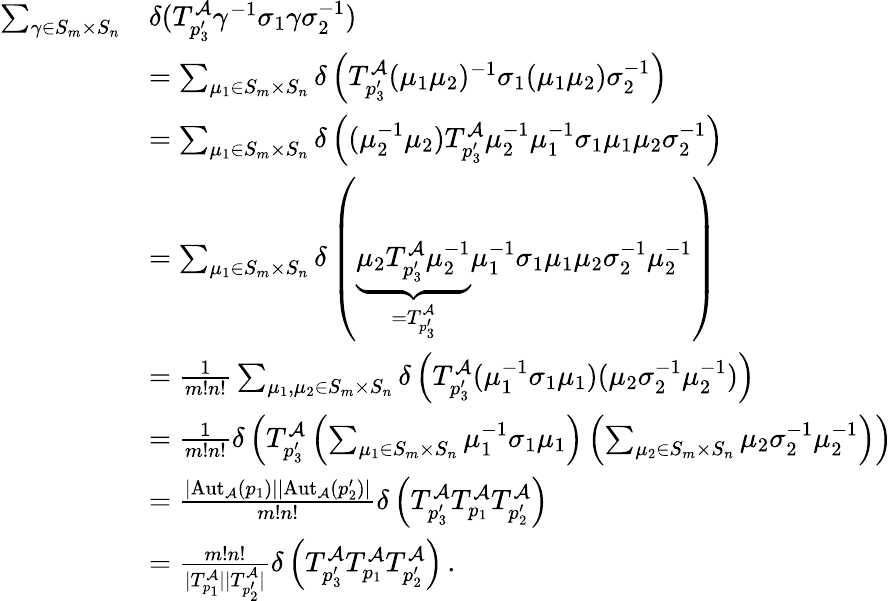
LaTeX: \begin{array}{rl}{\sum_{\gamma\in S_{m}\times S_{n}}}&{\delta(T_{p_{3}^{\prime}}^{\mathcal{A}}\gamma^{-1}\sigma_{1}\gamma\sigma_{2}^{-1})}\\ &{=\sum_{\mu_{1}\in S_{m}\times S_{n}}\delta\left(T_{p_{3}^{\prime}}^{\mathcal{A}}(\mu_{1}\mu_{2})^{-1}\sigma_{1}(\mu_{1}\mu_{2})\sigma_{2}^{-1}\right)}\\ &{=\sum_{\mu_{1}\in S_{m}\times S_{n}}\delta\left((\mu_{2}^{-1}\mu_{2})T_{p_{3}^{\prime}}^{\mathcal{A}}\mu_{2}^{-1}\mu_{1}^{-1}\sigma_{1}\mu_{1}\mu_{2}\sigma_{2}^{-1}\right)}\\ &{=\sum_{\mu_{1}\in S_{m}\times S_{n}}\delta\left(\underbrace{\mu_{2}T_{p_{3}^{\prime}}^{\mathcal{A}}\mu_{2}^{-1}}_{=T_{p_{3}^{\prime}}^{\mathcal{A}}}\mu_{1}^{-1}\sigma_{1}\mu_{1}\mu_{2}\sigma_{2}^{-1}\mu_{2}^{-1}\right)}\\ &{=\frac{1}{m!n!}\sum_{\mu_{1},\mu_{2}\in S_{m}\times S_{n}}\delta\left(T_{p_{3}^{\prime}}^{\mathcal{A}}(\mu_{1}^{-1}\sigma_{1}\mu_{1})(\mu_{2}\sigma_{2}^{-1}\mu_{2}^{-1})\right)}\\ &{=\frac{1}{m!n!}\delta\left(T_{p_{3}^{\prime}}^{\mathcal{A}}\left(\sum_{\mu_{1}\in S_{m}\times S_{n}}\mu_{1}^{-1}\sigma_{1}\mu_{1}\right)\left(\sum_{\mu_{2}\in S_{m}\times S_{n}}\mu_{2}\sigma_{2}^{-1}\mu_{2}^{-1}\right)\right)}\\ &{=\frac{|\mathrm{Aut}_{\mathcal{A}}\left(p_{1}\right)||\mathrm{Aut}_{\mathcal{A}}\left(p_{2}^{\prime}\right)|}{m!n!}\delta\left(T_{p_{3}^{\prime}}^{\mathcal{A}}T_{p_{1}}^{\mathcal{A}}T_{p_{2}^{\prime}}^{\mathcal{A}}\right)}\\ &{=\frac{m!n!}{|T_{p_{1}}^{\mathcal{A}}||T_{p_{2}^{\prime}}^{\mathcal{A}}|}\delta\left(T_{p_{3}^{\prime}}^{\mathcal{A}}T_{p_{1}}^{\mathcal{A}}T_{p_{2}^{\prime}}^{\mathcal{A}}\right)\, .}\end{array}